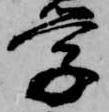
学